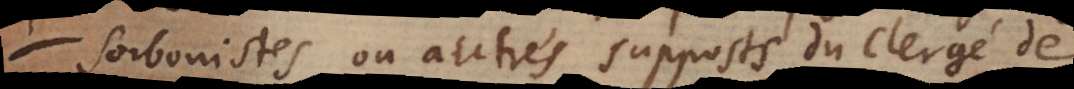
Sorbonistes ou autres supposts du clergé de